Vaccine operations Central Provinces & Berar 1922-1929 - 1922-1929
Year: 1922
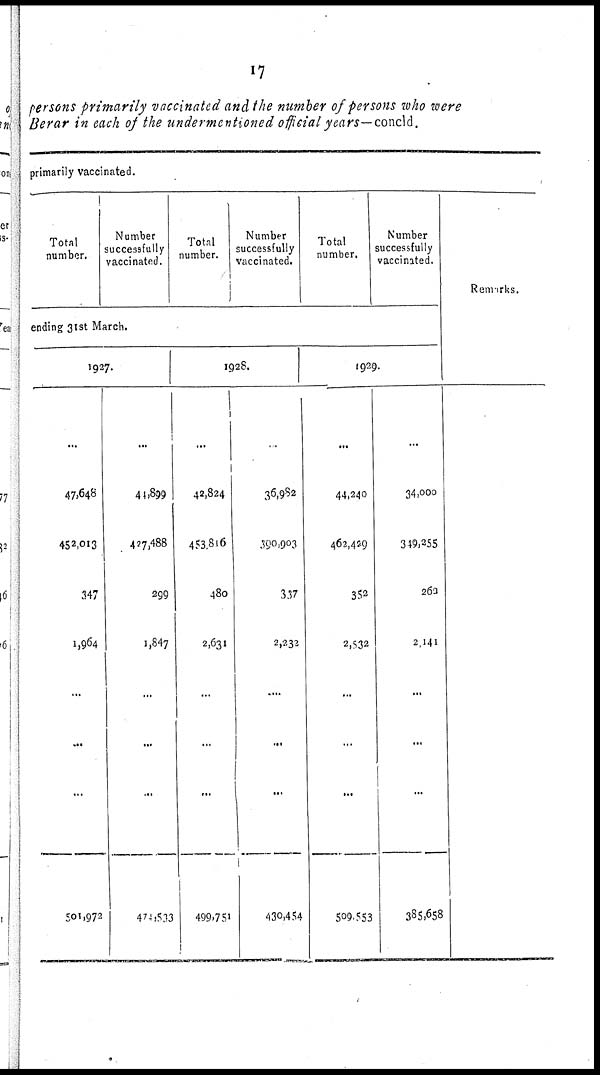
17
persons primarily vaccinated and the number of persons who were
Berar in each of the undermentioned official years—concld.
primarily vaccinated.
Total
number.
Number
successfully
vaccinated.
ending 31st March.
1927.
...
47,648
452,013
347
1,964
...
...
...
501,972
...
44,899
427,488
299
1,847
...
...
..
474,533
Total
number.
Number
successfully
vaccinated.
1928.
...
42,824
453,816
480
2,631
...
...
...
499,751
..
36,982
390,903
337
2,232
....
...
...
430,454
Total
number.
Number
successfully
vaccinated.
1929.
...
44,240
462,429
352
2,532
...
...
...
509,553
...
34,000
349,255
262
2,141
...
...
...
385,658
Remarks.
...